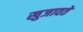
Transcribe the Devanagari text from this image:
खुजावते